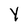
Character: y